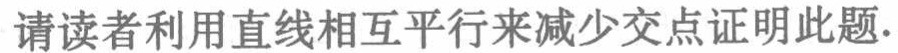
请读者利用直线相互平行来减少交点证明此题.